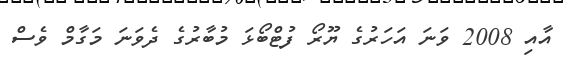
އާއި 2008 ވަނަ އަހަރުގެ ޔޫރޯ ފުޓްބޯޅަ މުބާރުގެ ދެވަނަ މަގާމް ވެސް